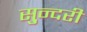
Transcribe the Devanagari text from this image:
सु्न्दरी